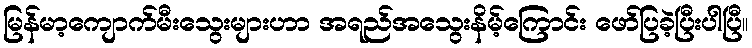
မြန်မာ့ကျောက်မီးသွေးများဟာ အရည်အသွေးနိမ့်ကြောင်း ဖော်ပြခဲ့ပြီးပါပြီ။